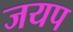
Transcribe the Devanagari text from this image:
जयप